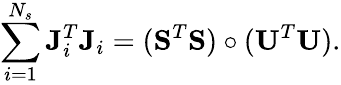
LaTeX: \sum_{i=1}^{N_{s}}\mathbf{J}_{i}^{T}\mathbf{J}_{i}=(\mathbf{S}^{T}\mathbf{S})\circ(\mathbf{U}^{T}\mathbf{U}).